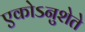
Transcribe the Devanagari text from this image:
एकोऽनुशेते